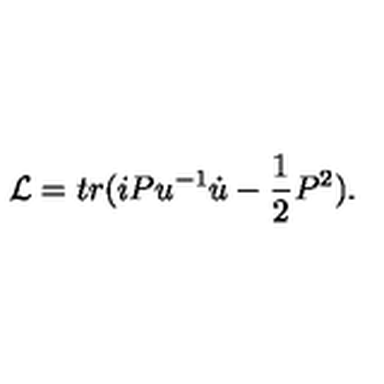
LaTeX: { \cal L } = t r ( i P u ^ { - 1 } \dot { u } - \frac { 1 } { 2 } P ^ { 2 } ) .